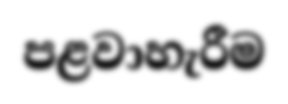
පළවාහැරීම